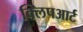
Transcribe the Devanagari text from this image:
क्लिपआर्ट